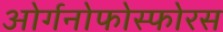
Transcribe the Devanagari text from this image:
ओर्गनोफोस्फोरस